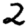
Digit: 2